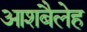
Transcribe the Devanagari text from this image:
आशबैलेह